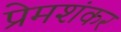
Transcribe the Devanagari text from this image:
प्रेमशंकर